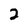
Character: 2